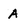
Character: A